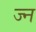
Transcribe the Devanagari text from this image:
ज्न